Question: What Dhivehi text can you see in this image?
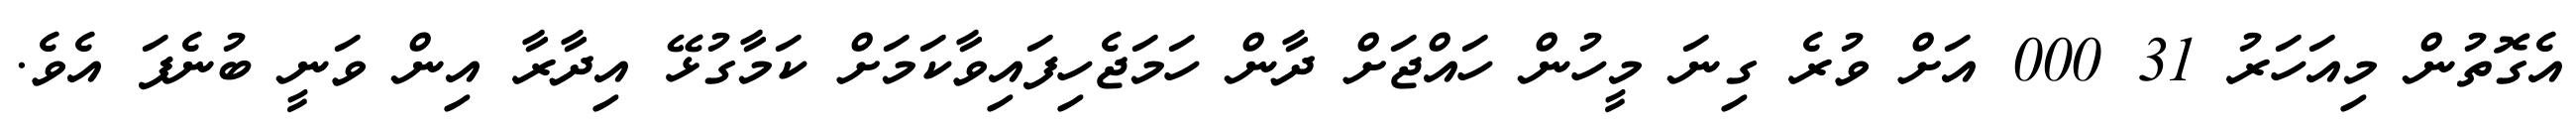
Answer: އެގޮތުން މިއަހަރު 31 000 އަށް ވުރެ ގިނަ މީހުން ހައްޖަށް ދާން ހަމަޖެހިފައިވާކަމަށް ކަމާގުޅޭ އިދާރާ އިން ވަނީ ބުނެފަ އެވެ.